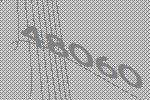
48060